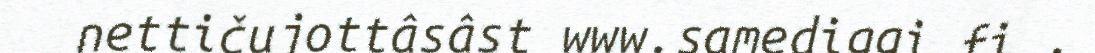
nettičujottâsâst www.samediggi.fi .